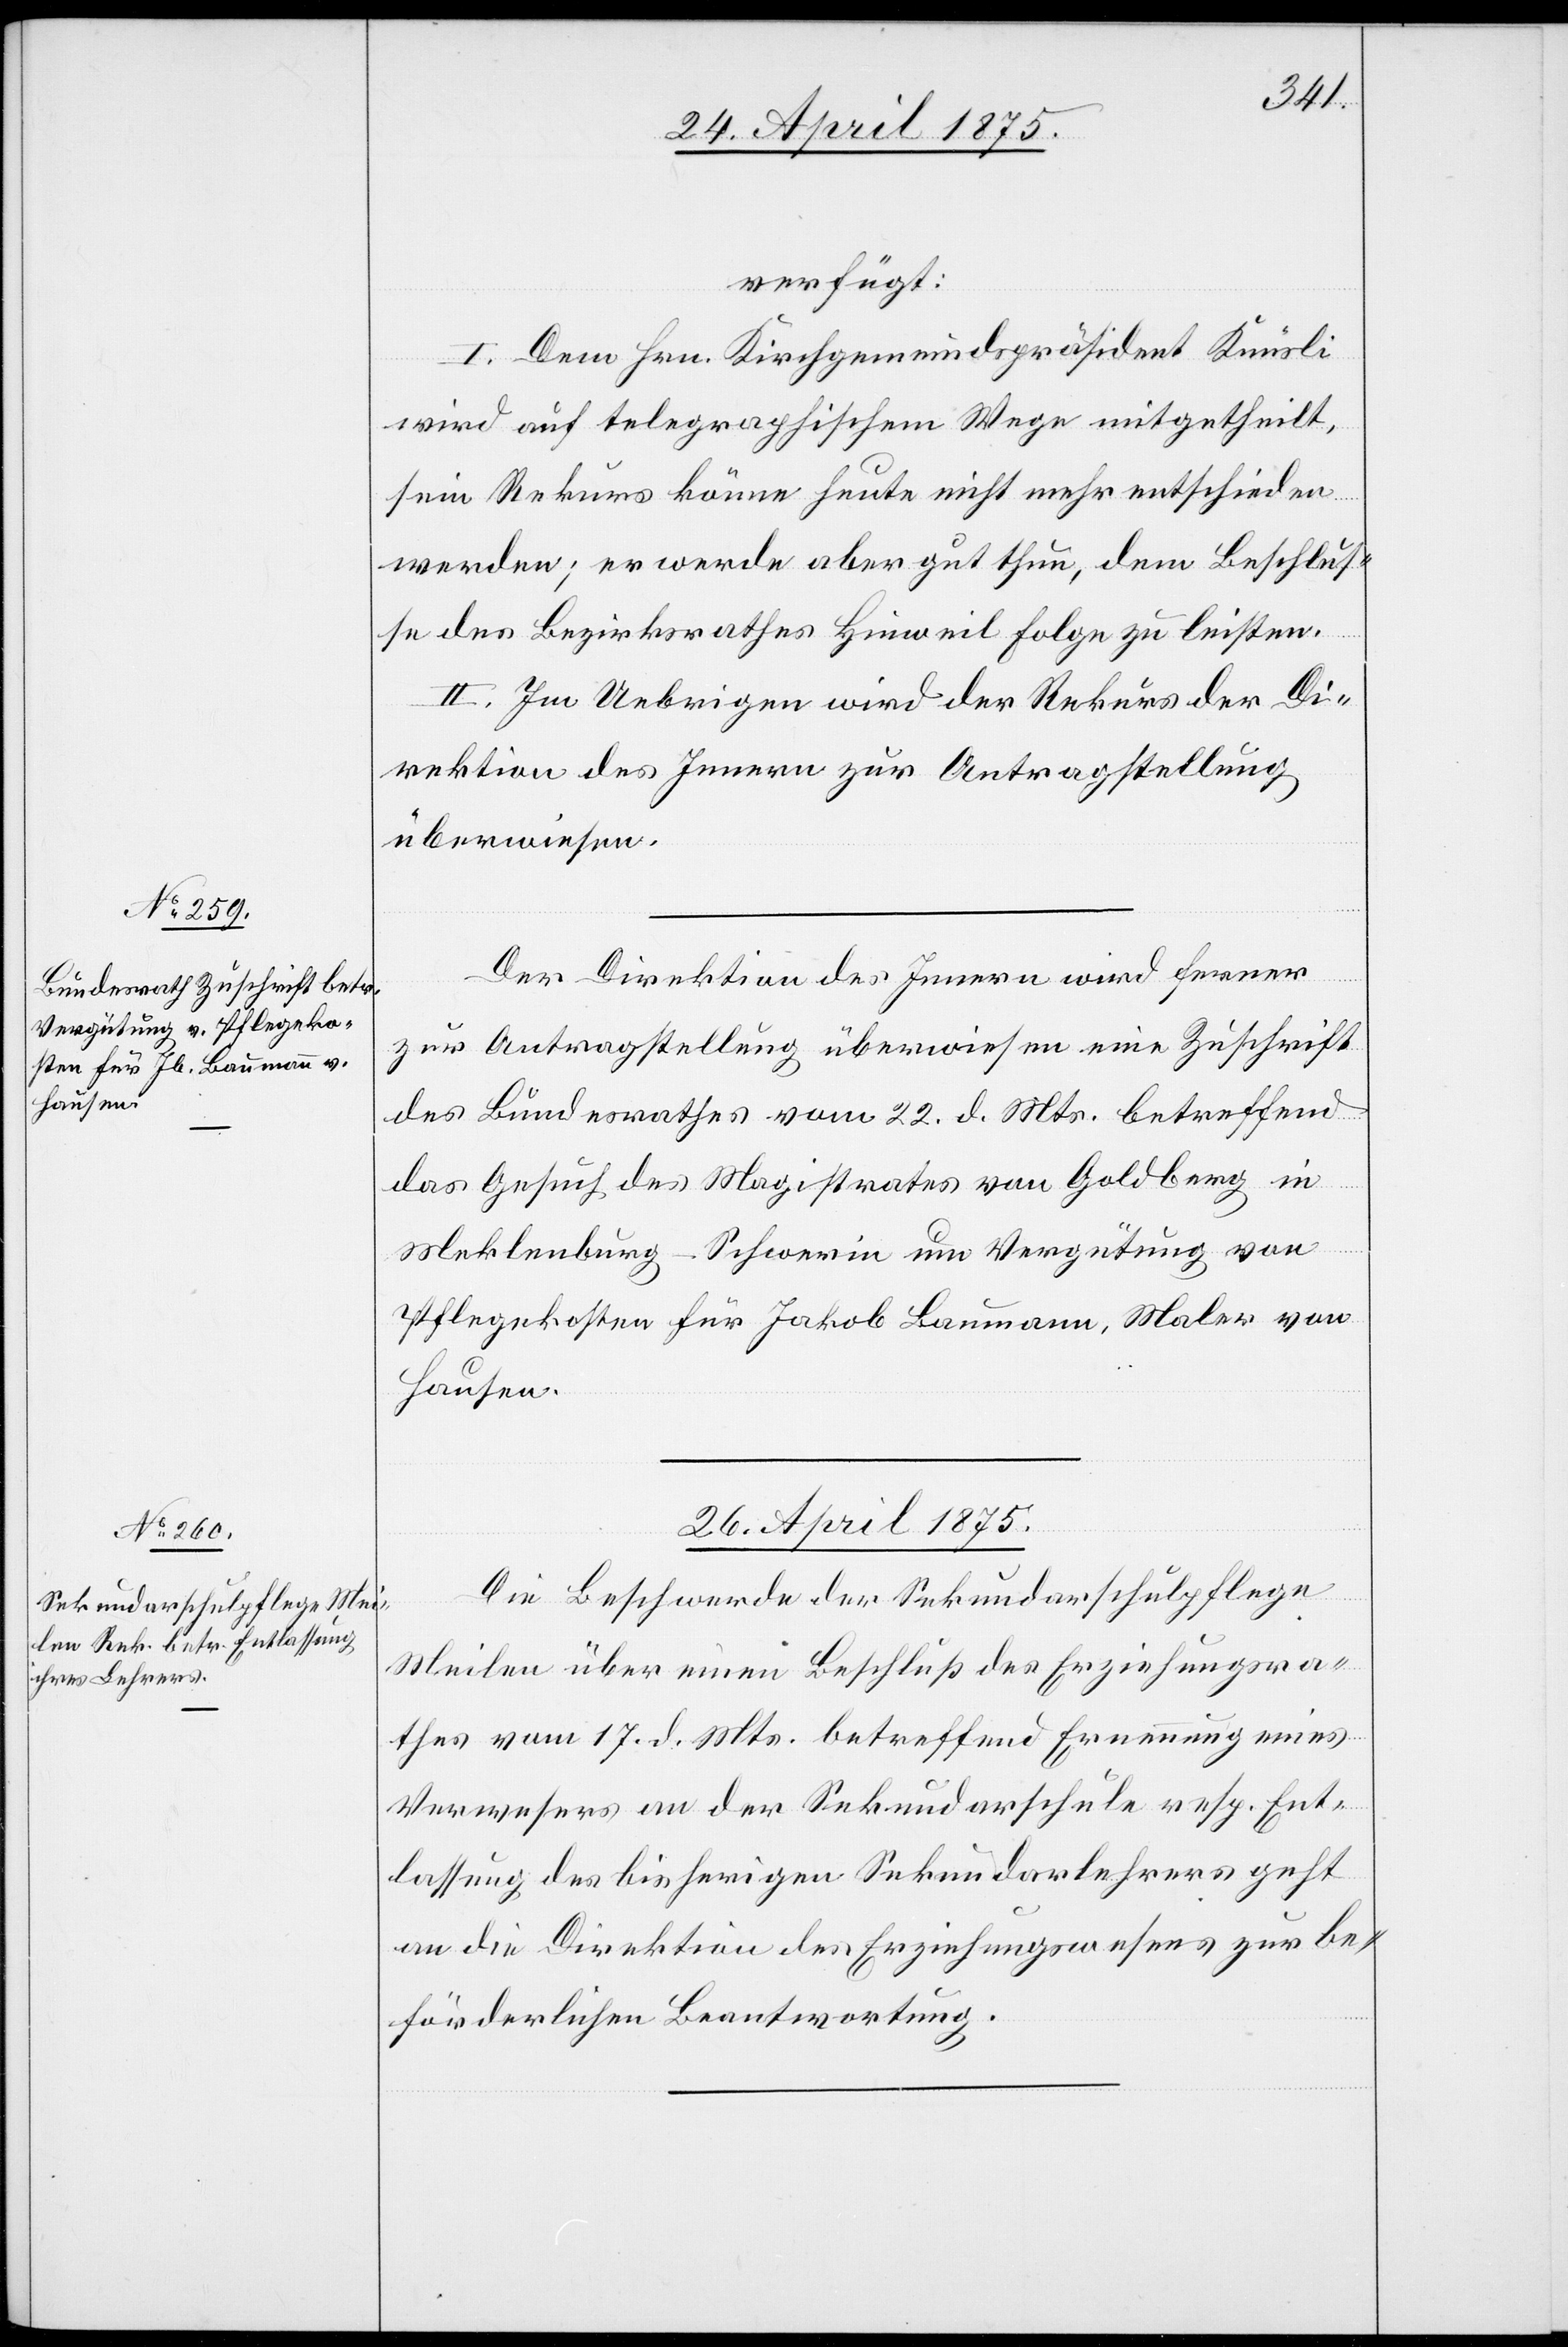
24. April 1875.]
verfügt:
I. Dem Hrn. Kirchgemeindspräsident Knüsli
wird auf telegraphischem Wege mitgetheilt,
sein Rekurs könne heute nicht mehr entschieden
werden; er werde aber gut thun, dem Beschlus¬
se des Bezirksrath Hinweil Folge zu leisten.
II. Im Uebrigen wird der Rekurs der Di¬
rektion des Innern zur Antragstellung
überwiesen.
Der Direktion des Innern wird ferner
zur Antragstellung überwiesen eine Zuschrift
des Bundesrathes vom 22. d. Mts. betreffend
das Gesuch des Magistrates von Goldberg in
Meklenburg – Schwerin um Vergütung von
Pflegekosten für Jakob Baumann, Maler von
Hausen.
26. April 1875.
Die Beschwerde der Sekundarschulpflege
Meilen über einen Beschluß der Erziehungsra¬
thes vom 17. d. Mts. betreffend Ernennung eines
Verwesers an der Sekundarschule resp. Ent¬
lassung des bisherigen Sekundarlehrers geht
an die Direktion des Erziehungswesens zur be¬
förderlichen Beantwortung.